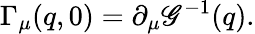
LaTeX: \Gamma_{\mu}(q,0)=\partial_{\mu}\mathscr{G}^{-1}(q).